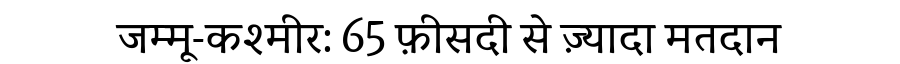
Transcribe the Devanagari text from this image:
जम्मू-कश्मीर: 65 फ़ीसदी से ज़्यादा मतदान